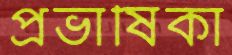
প্রভাষিকা